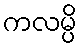
ကလမ္ပိ